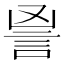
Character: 𧦙